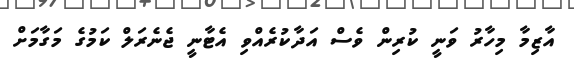
އާޒިމާ މިހާރު ވަނީ ކުރިން ވެސް އަދާކުރެއްވި އެޓާނީ ޖެނެރަލް ކަމުގެ މަގާމަށް